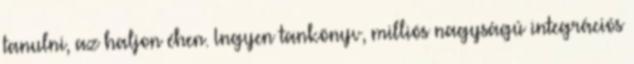
tanulni, az haljon éhen. Ingyen tankönyv, milliós nagyságú integrációs